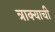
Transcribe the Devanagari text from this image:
त्राक्याची